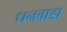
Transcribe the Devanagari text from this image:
धनवाडा